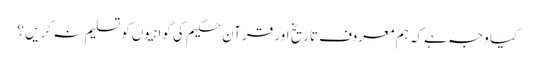
کیا وجہ ہے کہ ہم معروف تاریخ اور قرآن حکیم کی گواہیوں کو تسلیم نہ کریں ؟